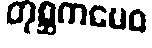
တုစ္ဆကမေဝ